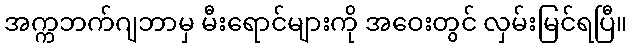
အက္ကဘက်ဂျဘာမှ မီးရောင်များကို အဝေးတွင် လှမ်းမြင်ရပြီ။